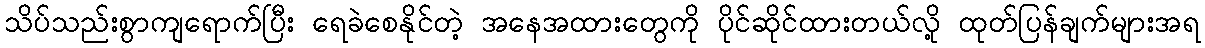
သိပ်သည်းစွာကျရောက်ပြီး ရေခဲစေနိုင်တဲ့ အနေအထားတွေကို ပိုင်ဆိုင်ထားတယ်လို့ ထုတ်ပြန်ချက်များအရ